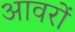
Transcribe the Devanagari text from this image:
आवरों